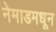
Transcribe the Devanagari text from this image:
नेमाडमधून